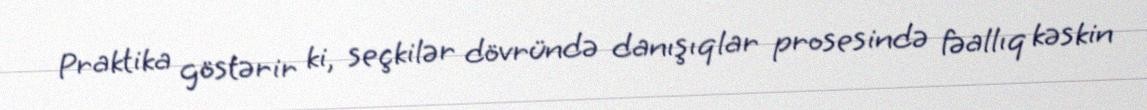
Praktika göstərir ki, seçkilər dövründə danışıqlar prosesində fəallıq kəskin